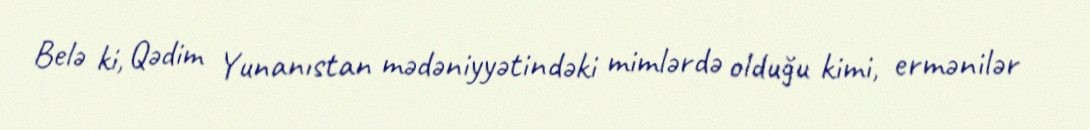
Belə ki, Qədim Yunanıstan mədəniyyətindəki mimlərdə olduğu kimi, ermənilər